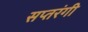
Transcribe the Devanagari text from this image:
सप्‍तरंगी